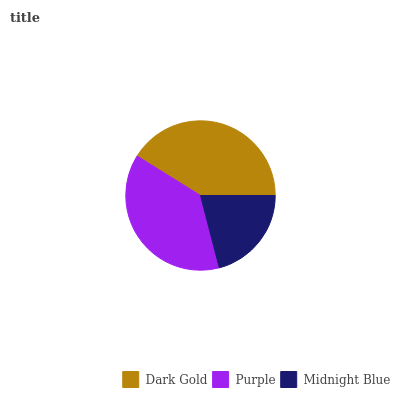
| Dark Gold | Purple | Midnight Blue |
 | --- | --- | --- |
 | 41.1% | 37.9% | 21% |